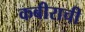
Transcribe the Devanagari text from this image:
कबीराची